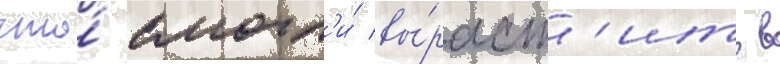
что́ смогл'и́ вы́раст'ить в